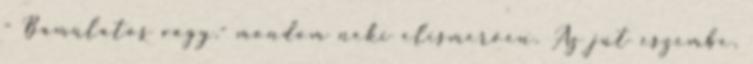
- Bámulatos vagy.- mondom neki elismerően. Az jut eszembe,